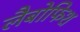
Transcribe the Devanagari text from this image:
लैबोफिश